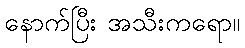
နောက်ပြီး အသီးကရော။